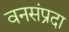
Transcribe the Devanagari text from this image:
वनसंप्रदा